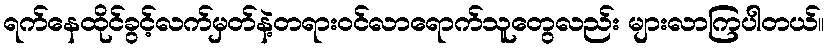
ရက်နေထိုင်ခွင့်လက်မှတ်နဲ့တရားဝင်လာရောက်သူတွေလည်း များလာကြပါတယ်။